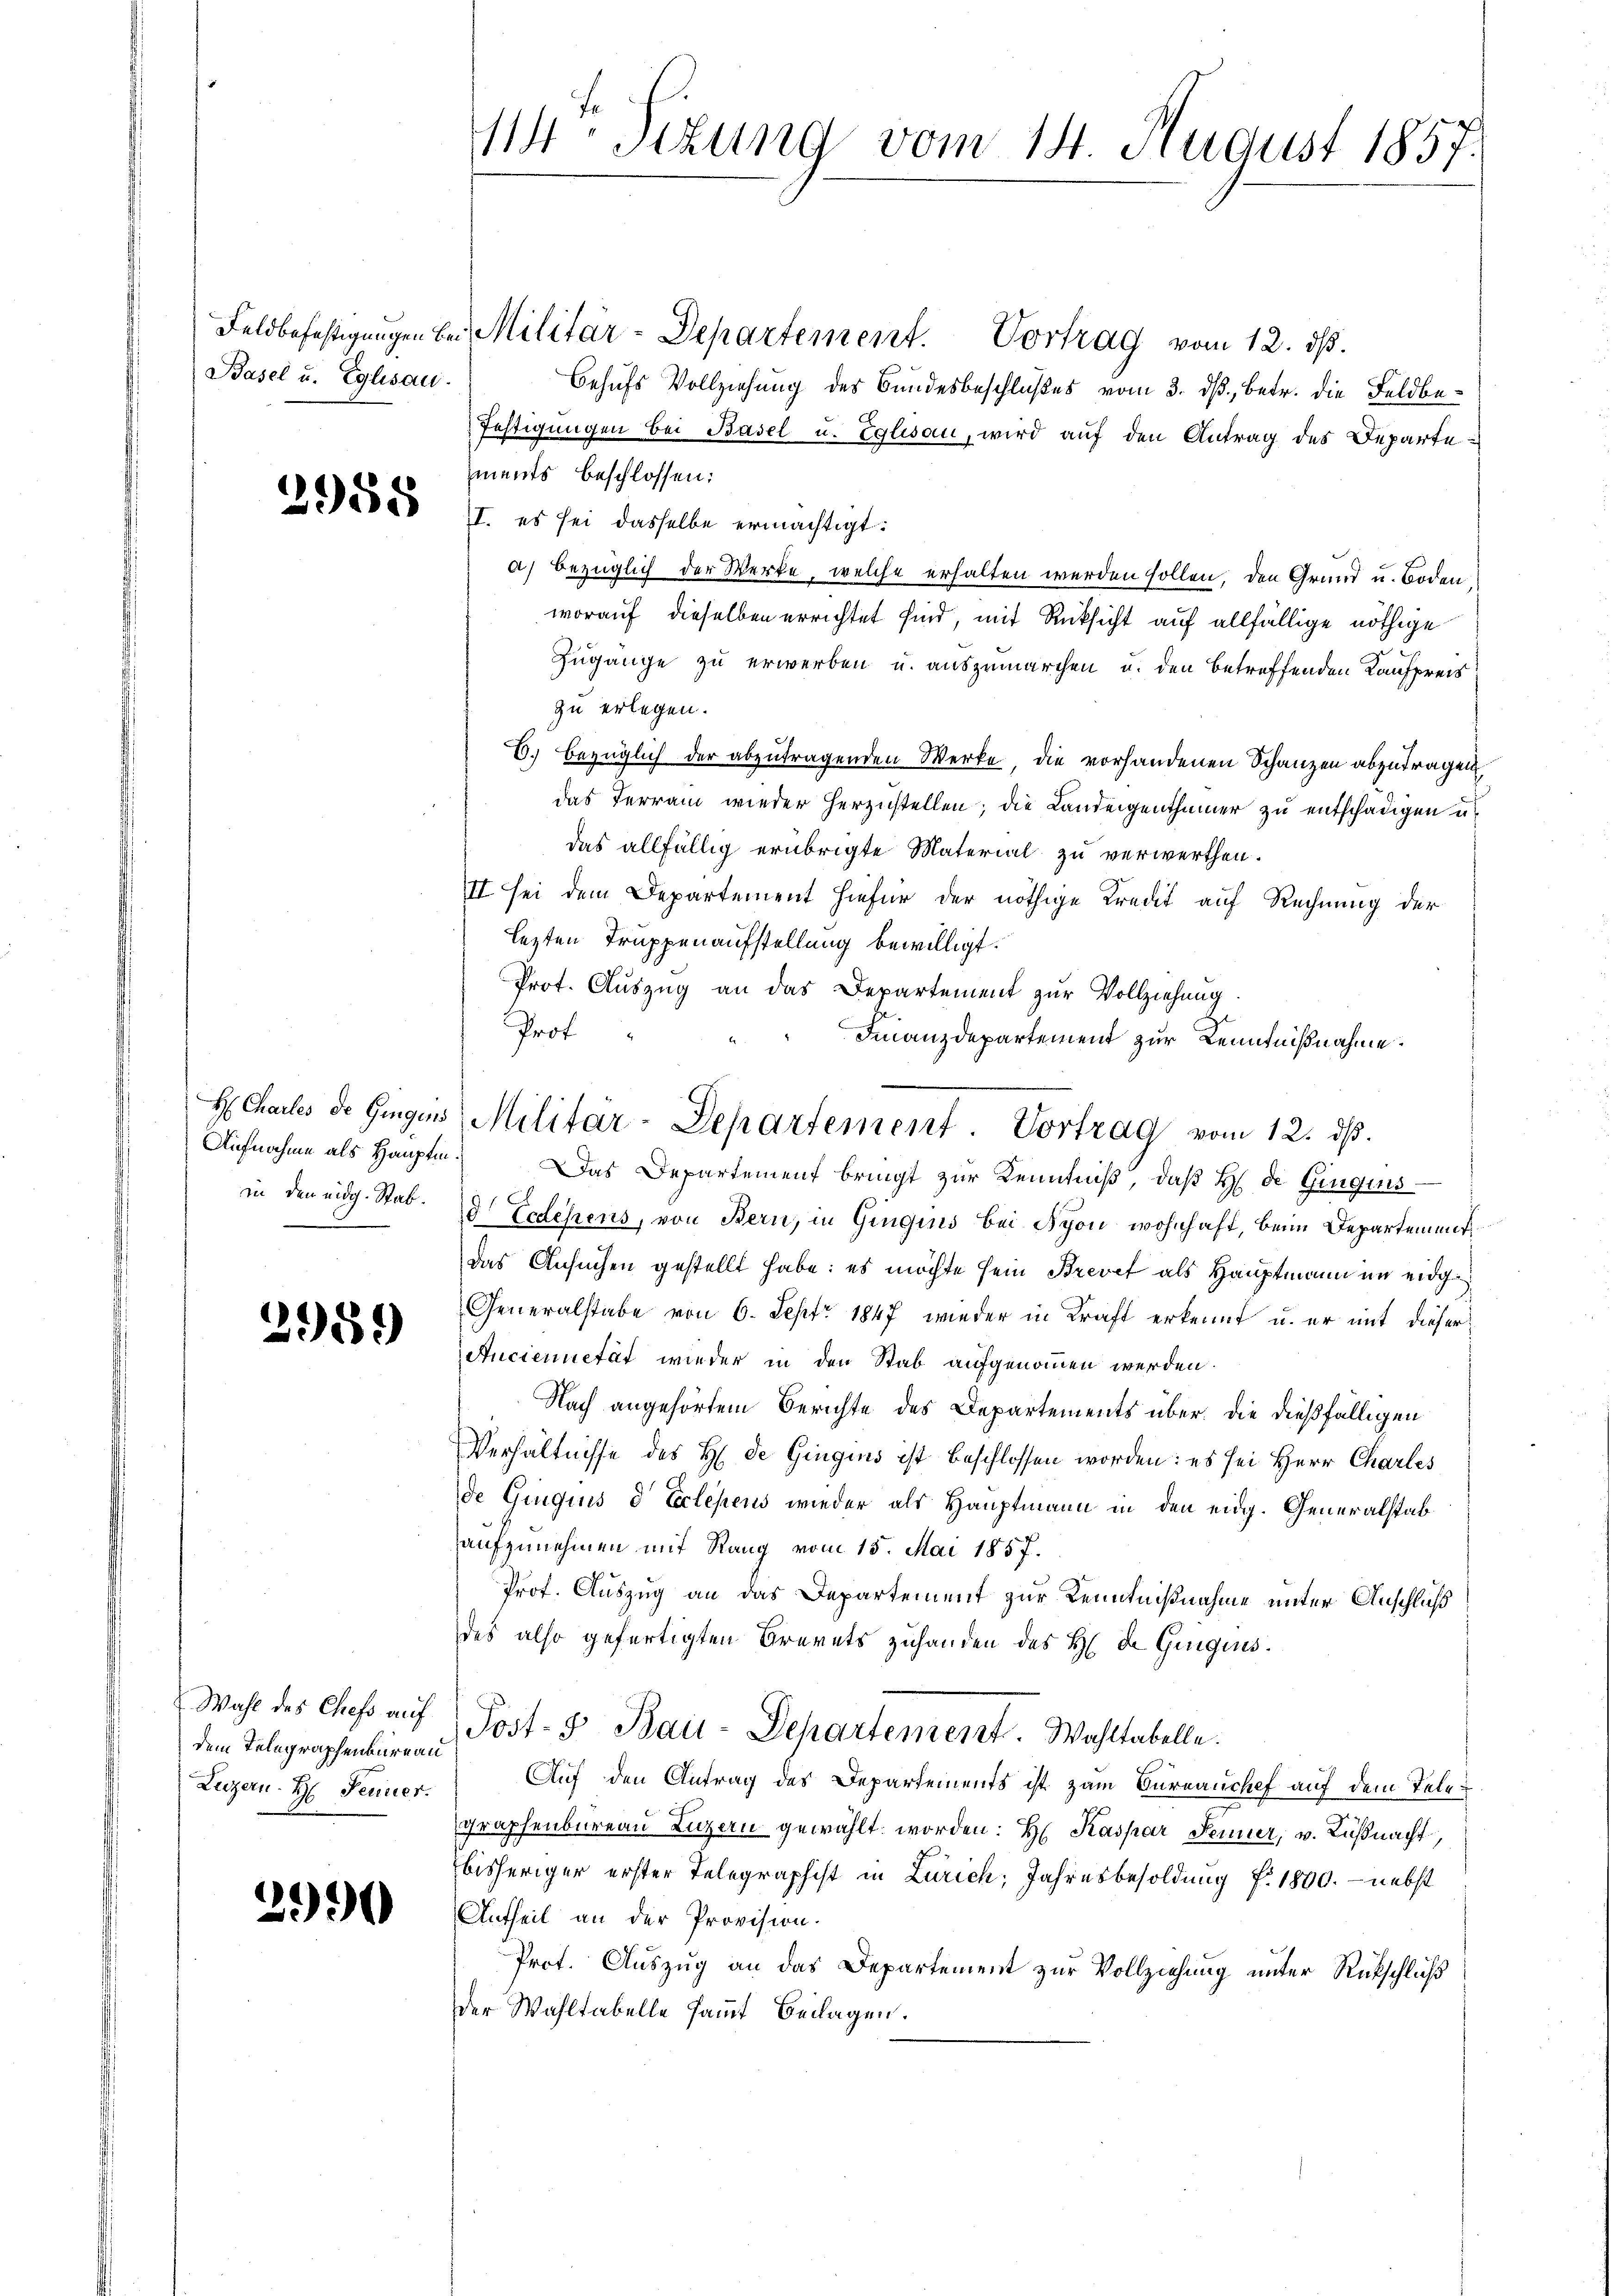
Basel u. Eglisau.

2958

in den eidg. Stab.

2959

Wahl des Chefs auf
dem Telegraphenbureau
Luzern H. Fenner.

2990

114. Jezung vom 14. August 1857.

Feldbefestigungen bei Militär-Departement. Vortrag vom 12. ds.
Behufs Vollziehung des Bundesbeschlußes vom 3. ds, betr. die Feldbe¬
Festigungen bei Basel u. Eglisau, wird auf den Antrag des Departements beschlossen:
II. es sei dasselbe ermächtigt:
a) bezüglich der Werke, welche erhalten werden sollen, den Grund u. Boden
worauf dieselben errichtet sind, mit Rücksicht auf allfällige nöthige
Zugänge zu erwerben u. auszumarchen u. den betreffenden Kaufpreis
zu erlegen.
C. bezüglich der abzutragenden Werke, die vorhandenen Schanzen abzutragen,
das Terrain wieder herzustellen; die Landeigenthümer zu entschädigen u.
das allfällig erübrigte Material zu verwerthen.
II sei dem Departement hiefür der nöthige Kredit auf Rechnung der
lezten Truppenaufstellung bewilligt.
Prot. Auszug an das Departement zur Vollziehung.
Prof.
Finanzdepartement zur Kenntnißnahme.
Aufnahme als Hauptm. Das Departement bringt zur Kenntniß, daß H. de Gingins
d Ecdesens, von Bern, in Gingins bei Spon wohnhaft, beim Departementdas Ansuchen gestellt habe: es möchte sein Brevet als Hauptmann im eidge
Generalstabe von 6. Sept. 1847 wieder in Kraft erkennt u. er mit dieser
Anciennetät wieder in den Stab aufgenommen werden.
Nach angehörtem Berichte des Departements über die dießfälligen
Verhältnisse des H. de Gingins ist beschlossen worden: es sei Herr Charles
de Gingius d Eclepens wieder als Hauptmann in den eidg. Generalstab
aufzunehmen mit Rang vom 15. Mai 1857.
Prof. Auszug an das Departement zur Kenntnißnahme unter Anschluß
des also gefertigten Brevets zuhanden des H. Dr Gingins.
Post- & Bau-Departement. Wahltabelle.
Auf den Antrag des Departements ist zum Bureauchef auf dem Telegraphenbureau Luzern gewählt worden: H. Kaspar Fenner, v. Küßnacht
bisheriger erster Telegraphist in Zürich, Jahresbesoldung f. 1800. - nebst
Antheil an der Provision.
Prot. Auszug an das Departement zur Vollziehung unter Rückschluß
der Wahltabelle sammt Beilagen.

H Challes de Gingins Militar-Departement. Vortrag vom 12. ds.